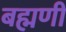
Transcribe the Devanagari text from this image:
बह्मणी